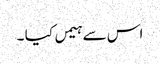
اس سے ہیمں کیا ۔